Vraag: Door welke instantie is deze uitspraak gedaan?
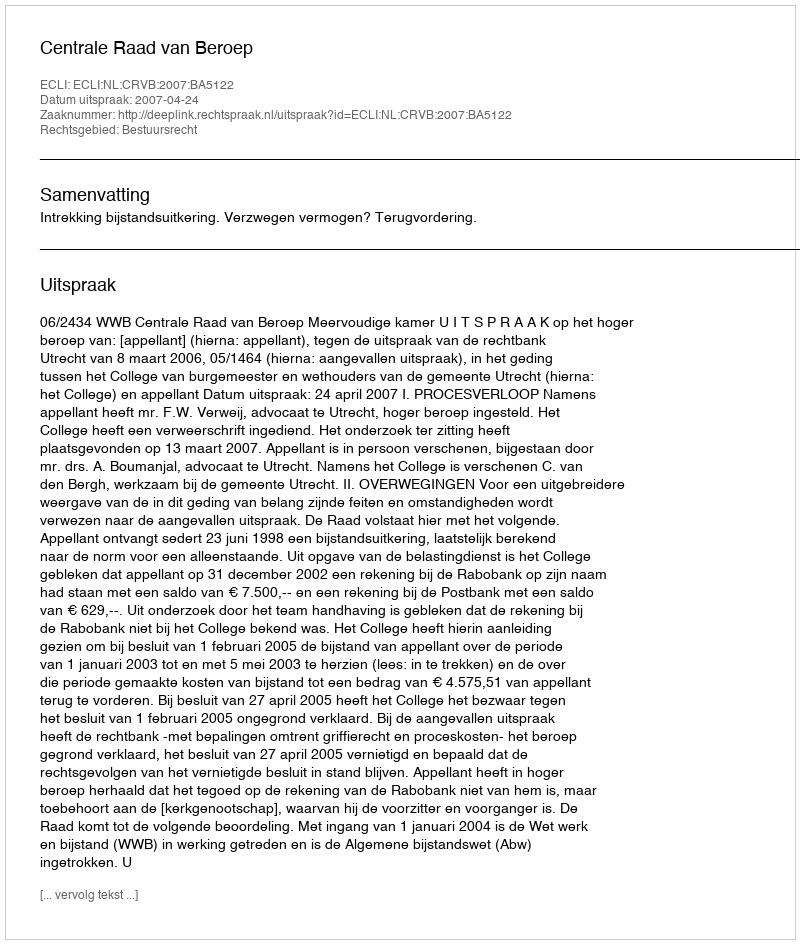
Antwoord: Centrale Raad van Beroep